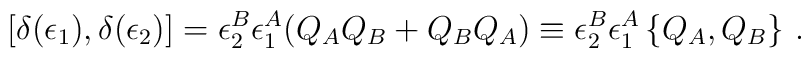
[\delta(\epsilon_1),\delta(\epsilon_2)]=\epsilon_2^B\epsilon_1^A(Q_AQ_B+Q_BQ_A)\equiv \epsilon_2^B\epsilon_1^A \left\{Q_A, Q_B\right\}\,.